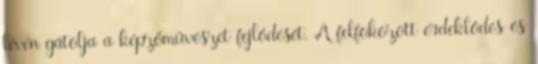
lévén gátolja a képzőművészet fejlődését. A felfokozott érdeklődés és